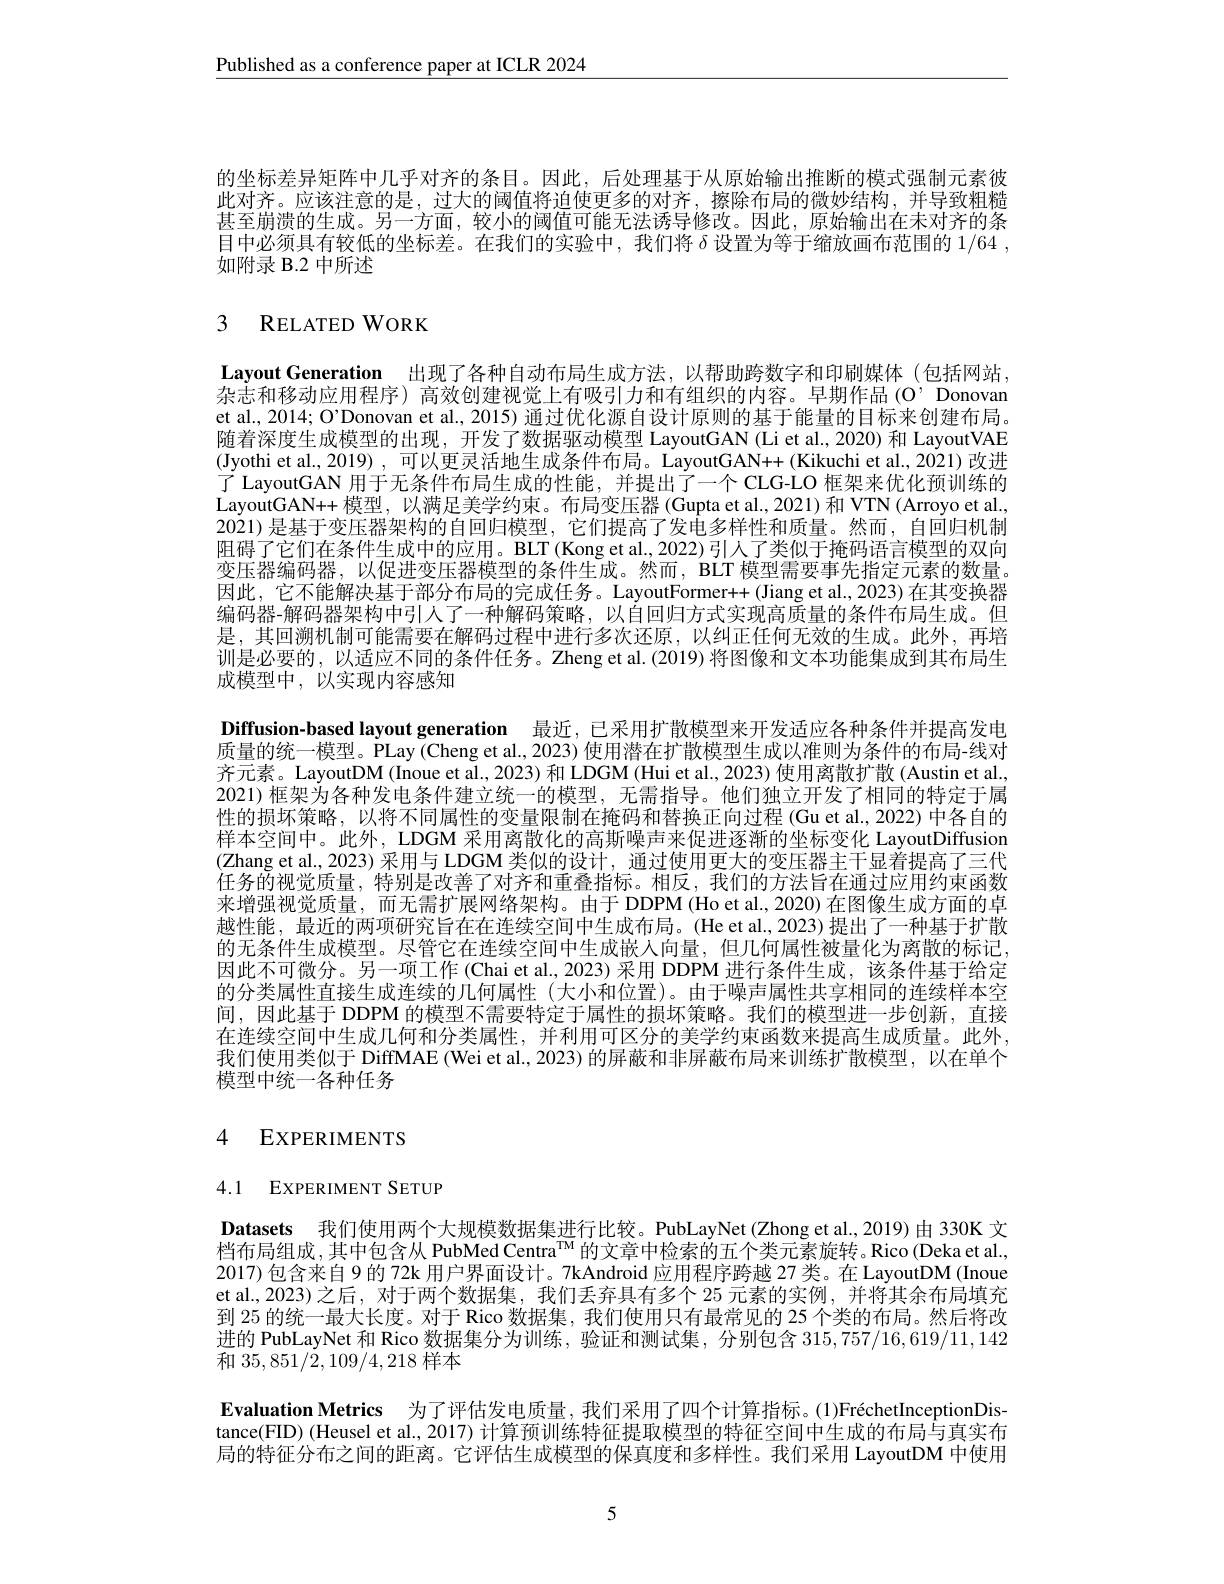
Published as a conference paper at ICLR 2024

的坐标差异矩阵中几乎对齐的条目。因此，后处理基于从原始输出推断的模式强制元素彼此对齐。应该注意的是，过大的阈值将迫使更多的对齐，擦除布局的微妙结构，并导致粗糙甚至崩溃的生成。另一方面，较小的阈值可能无法诱导修改。因此，原始输出在末对齐的条目中必须具有较低的坐标差。在我们的实验中，我们将$\delta$设置为等于缩放画布范围的1/64 , 如附录 B.2 中所述

# 3 RELATEDWORK

Layout Generation 出现了各种自动布局生成方法，以帮助跨数字和印刷媒体(包括网站， 杂志和移动应用程序) 高效创建视觉上有吸引力和有组织的内容。早期作品(O’Donovan et al., 2014; O'Donovan et al., 2015) 通过优化源自设计原则的基于能量的目标来创建布局。随着深度生成模型的出现，开发了数据驱动模型 LayoutGAN (Li et al., 2020) 和 LayoutVAE (Jyothi et al., 2019) , 可以更灵活地生成条件布局。LayoutGAN++ (Kikuchi et al., 2021) 改进了 LayoutGAN 用于无条件布局生成的性能，并提出了一个 CLG-LO 框架来优化预训练的LayoutGAN++ 模型，以满足美学约束。布局变压器(Gupta et al., 2021)和 VTN(Arroyo et al., 2021) 是基于变压器架构的自回归模型，它们提高了发电多样性和质量。然而，自回归机制阻碍了它们在条件生成中的应用。BLT (Kong et al., 2022)引人了类似于掩码语言模型的双向变压器编码器，以促进变压器模型的条件生成。然而，BLT 模型需要事先指定元素的数量。因此，它不能解决基于部分布局的完成任务。LayoutFormer++(Jiang et al., 2023) 在其变换器编码器-解码器架构中引人了一种解码策略，以自回归方式实现高质量的条件布局生成。但是，其回溯机制可能需要在解码过程中进行多次还原，以纠正任何无效的生成。此外，再培训是必要的，以适应不同的条件任务。Zheng et al.(2019) 将图像和文本功能集成到其布局生成模型中，以实现内容感知

Diffusion-based layout generation 最近，已采用扩散模型来开发适应各种条件并提高发电质量的统一模型。PLay (Cheng et al., 2023) 使用潜在扩散模型生成以准则为条件的布局-线对齐元素。LayoutDM (Inoue et al., 2023) 和 LDGM (Hui et al., 2023) 使用离散扩散 (Austin et al., 2021) 框架为各种发电条件建立统一的模型，无需指导。他们独立开发了相同的特定于属性的损坏策略，以将不同属性的变量限制在掩码和替换正向过程(Gu et al., 2022) 中各自的样本空间中。此外，LDGM 采用离散化的高斯噪声来促进逐渐的坐标变化 LayoutDiffusion (Zhang et al., 2023) 采用与 LDGM 类似的设计，通过使用更大的变压器主干显着提高了三代任务的视觉质量，特别是改善了对齐和重叠指标。相反，我们的方法旨在通过应用约束函数来增强视觉质量，而无需扩展网络架构。由于 DDPM (Ho et al., 2020) 在图像生成方面的卓越性能，最近的两项研究旨在在连续空间中生成布局。(He et al., 2023) 提出了一种基于扩散的无条件生成模型。尽管它在连续空间中生成嵌人向量，但几何属性被量化为离散的标记， 因此不可微分。另一项工作 (Chai et al., 2023) 采用 DDPM 进行条件生成，该条件基于给定的分类属性直接生成连续的几何属性(大小和位置)。由于噪声属性共享相同的连续样本空间，因此基于 DDPM 的模型不需要特定于属性的损坏策略。我们的模型进一步创新，直接在连续空间中生成几何和分类属性，并利用可区分的美学约束函数来提高生成质量。此外， 我们使用类似于 DiffMAE (Wei et al., 2023) 的屏蔽和非屏蔽布局来训练扩散模型，以在单个模型中统一各种任务

# 4 EXPERIMENTS

4.1 EXPERIMENT SETUP

Datasets 我们使用两个大规模数据集进行比较。PubLayNet(Zhong et al,2019)由 330K 文档布局组成，其中包含从 PubMed Centra$^\mathrm{TM}$的文章中检索的五个类元素旋转。Rico(Deka et al., 2017) 包含来自 9 的 72k 用户界面设计。7kAndroid 应用程序跨越 27 类。在 LayoutDM (Inoue et al., 2023)之后，对于两个数据集，我们丢弃具有多个 25 元素的实例，并将其余布局填充到 25 的统一最大长度。对于 Rico 数据集，我们使用只有最常见的 25 个类的布局。然后将改进的 PubLayNet 和 Rico 数据集分为训练，验证和测试集，分别包含 315,757/16,619/11,142和35，851/2,109/4,218样本
Evaluation Metrics 为了评估发电质量，我们采用了四个计算指标。(1)FréchetInceptionDistance(FID) (Heusel et al., 2017) 计算预训练特征提取模型的特征空间中生成的布局与真实布局的特征分布之间的距离。它评估生成模型的保真度和多样性。我们采用 LayoutDM 中使用

5